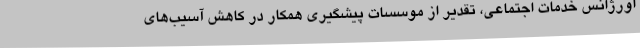
اورژانس خدمات اجتماعی، تقدیر از موسسات پیشگیری همکار در کاهش آسیب‌های